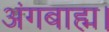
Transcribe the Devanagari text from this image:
अंगबाह्म।